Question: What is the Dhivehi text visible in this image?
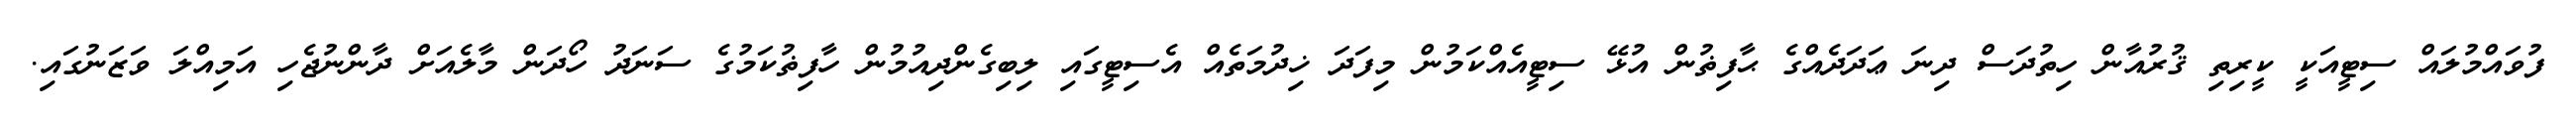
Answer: ފުވައްމުލައް ސިޓީއަކީ ކީރިތި ޤުރުއާން ހިތުދަސް ދިނަ ޢަދަދެއްގެ ޙާފިޡުން އުޅޭ ސިޓީއެއްކަމުން މިފަދަ ޚިދުމަތެއް އެސިޓީގައި ލިބިގެންދިއުމުން ހާފިޡުކަމުގެ ސަނަދު ހޯދަން މާލެއަށް ދާންނުޖެހި އަމިއްލަ ވަޒަނުގައި.